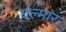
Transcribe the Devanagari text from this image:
यल्मार